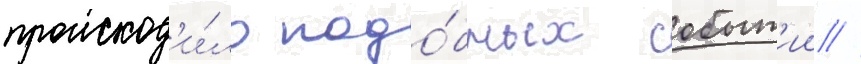
происход'и́ло подо́бных событ'ии //